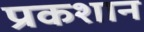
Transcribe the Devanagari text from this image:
प्रकशान